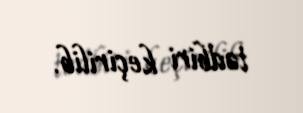
tədbiri keçirilib.